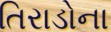
તિરાડોના